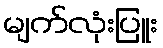
မျက်လုံးပြူး